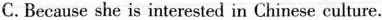
C.Because she is interested in Chinese culture.